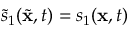
\tilde { s } _ { 1 } ( \tilde { \mathbf { x } } , t ) = s _ { 1 } ( \mathbf { x } , t )